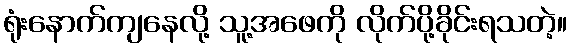
ရုံးနောက်ကျနေလို့ သူ့အဖေကို လိုက်ပို့ခိုင်းရသတဲ့။